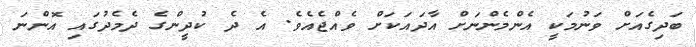
ބަދިގެއަށް ވަނުމަކީ އެންމެންނަށް އާދައަކަށް ވެއްޖެއެވެ. އެ ދެ ކުދީންގެ ދެމެދުގައި އޮންނަ